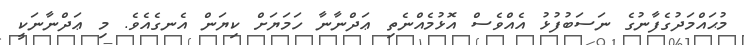
މުޙައްމަދުގެފާނުގެ ނަސަބުފުޅު އެއްވެސް އޮޅުމެއްނެތި ޢަދްނާނާ ހަމަޔަށް ކިޔަން އެނގެއެވެ. މި ޢަދްނާނަކީ